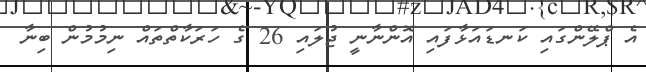
އެ ޕްލޭންގައި ކަނޑައަޅާފައި އޮންނާނީ ޖުލައި 26 ގެ ހަރަކާތްތައް ނިމުމުން ބިނާ